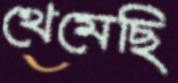
থেমেছি